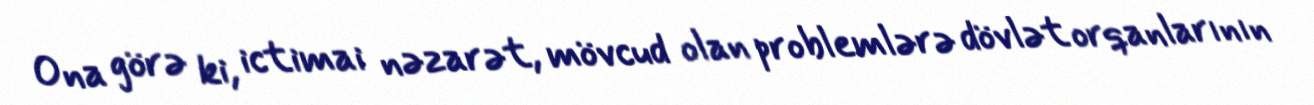
Ona görə ki, ictimai nəzarət, mövcud olan problemlərə dövlət orqanlarının